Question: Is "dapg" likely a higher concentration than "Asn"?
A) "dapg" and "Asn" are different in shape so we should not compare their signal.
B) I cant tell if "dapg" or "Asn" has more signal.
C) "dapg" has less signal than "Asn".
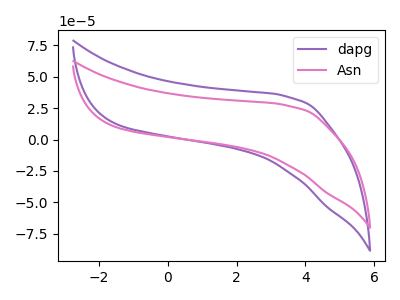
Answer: <think>The purple curve "dapg" has no peaks. The pink curve "Asn" has no peaks.
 Neither "dapg" or "Asn" have any peaks.</think>
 <answer>B) I cant tell if "dapg" or "Asn" has more signal.</answer>
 <eval>B</eval>